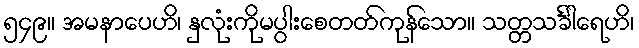
၅၄၉။ အမနာပေဟိ၊ နှလုံးကိုမပွါးစေတတ်ကုန်သော။ သတ္တသင်္ခါရေဟိ၊